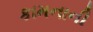
કામનાની